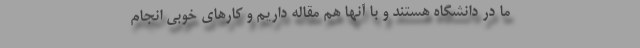
ما در دانشگاه هستند و با آنها هم مقاله‌ داریم و کارهای خوبی انجام